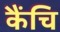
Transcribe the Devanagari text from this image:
कैंचि